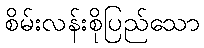
စိမ်းလန်းစိုပြည်သော